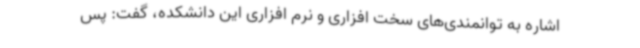
اشاره به توانمندی‌های سخت افزاری و نرم افزاری این دانشکده، گفت: پس